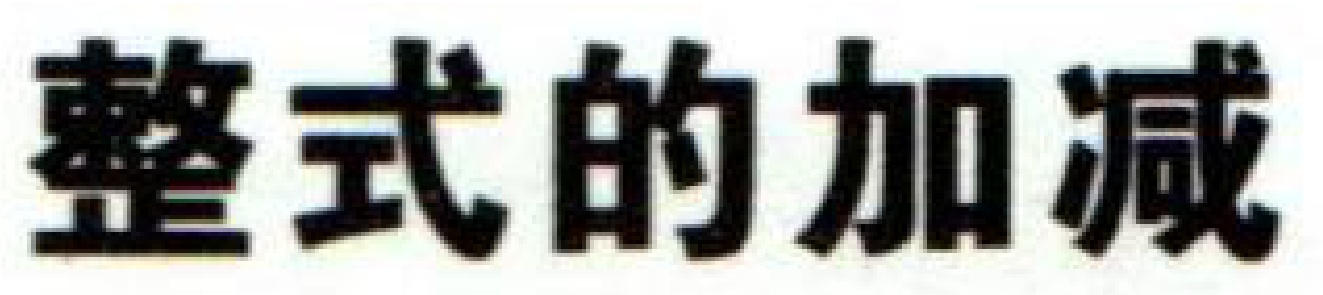
整式的加减